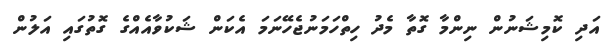
އަދި ކޮމިޝަނުން ނިންމާ ގޮތާ މެދު ހިތްހަމަނުޖެހޭނަމަ އެކަން ޝަކުވާއެއްގެ ގޮތުގައި އަލުން